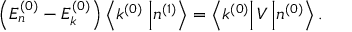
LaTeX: \left( E _ { n } ^ { ( 0 ) } - E _ { k } ^ { ( 0 ) } \right) \left\langle k ^ { ( 0 ) } \right. \left| n ^ { ( 1 ) } \right\rangle = \left\langle k ^ { ( 0 ) } \right| V \left| n ^ { ( 0 ) } \right\rangle .